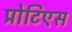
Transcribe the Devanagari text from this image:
प्रोटिएस